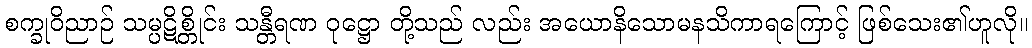
စက္ခုဝိညာဉ် သမ္ပဋိစ္တိုင်း သန္တီရဏ ဝုဋ္ဌော တို့သည် လည်း အယောနိသောမနသိကာရကြောင့် ဖြစ်သေး၏ဟူလို။